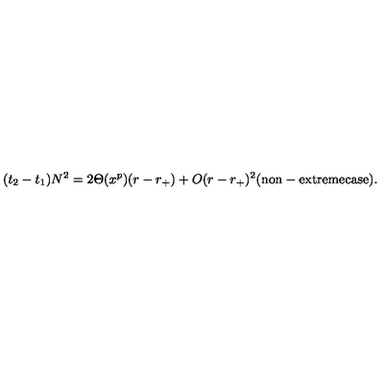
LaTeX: ( t _ { 2 } - t _ { 1 } ) N ^ { 2 } = 2 \Theta ( x ^ { p } ) ( r - r _ { + } ) + O ( r - r _ { + } ) ^ { 2 } \mathrm { ( n o n - e x t r e m e c a s e ) } .